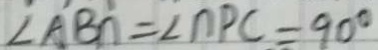
\angle A B n = \angle n P C = 9 0 ^ { \circ }